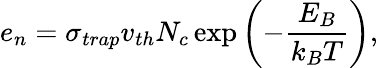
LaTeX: e_{n}=\sigma_{trap}v_{th}N_{c}\exp\left(-\frac{E_{B}}{k_{B}T}\right),